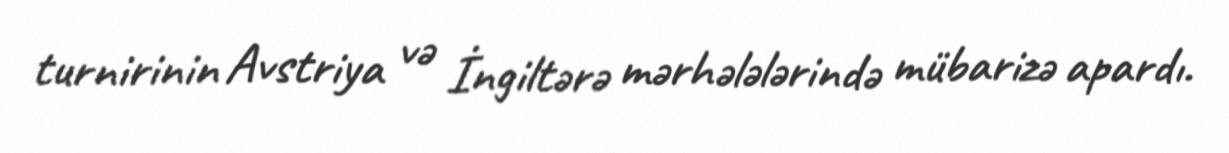
turnirinin Avstriya və İngiltərə mərhələlərində mübarizə apardı.